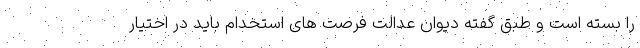
را بسته است و طبق گفته دیوان عدالت فرصت های استخدام باید در اختیار